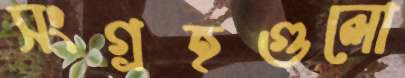
সংগ্রহগুলো